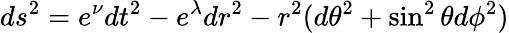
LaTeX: ds^{2}=e^{\nu}dt^{2}-e^{\lambda}dr^{2}-r^{2}(d\theta^{2}+\sin^{2}\theta d\phi^{2})